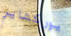
يوركشاير